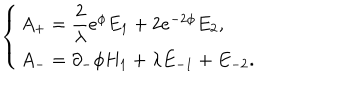
\left\{ \begin{array} { l } { { A _ { + } = { \displaystyle \frac { 2 } { \lambda } } e ^ { \phi } E _ { 1 } + 2 e ^ { - 2 \phi } E _ { 2 } , } } \\ { { A _ { - } = \partial _ { - } \phi H _ { 1 } + \lambda E _ { - 1 } + E _ { - 2 } . } } \\ \end{array} \right.